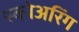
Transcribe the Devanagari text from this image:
स्कोअरिंग